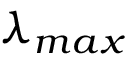
\lambda _ { m a x }